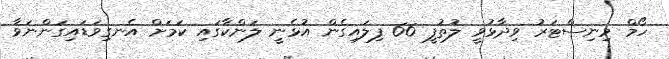
ހޯމް މިނިސްޓަރު ވިދާޅުވީ ލުތުފީ 66 ފިލައިގެން އުޅެނީ ލަންކާގައި ކަމަށް އެނގިވަޑައިގަންނަވާ